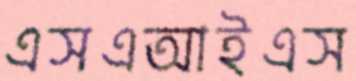
এসএআইএস